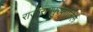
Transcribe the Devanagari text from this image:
राजारामपुरफाजिल